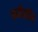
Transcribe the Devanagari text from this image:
रूबीकॉन